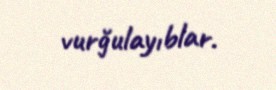
vurğulayıblar.